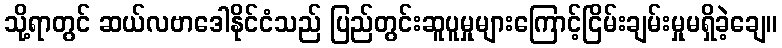
သို့ရာတွင် ဆယ်လဗာဒေါနိုင်ငံသည် ပြည်တွင်းဆူပူမှုများကြောင့်ငြိမ်းချမ်းမှုမရှိခဲ့ချေ။